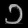
Digit: ၁